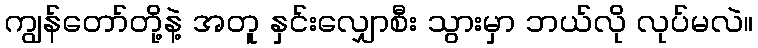
ကျွန်တော်တို့နဲ့ အတူ နှင်းလျှောစီး သွားမှာ ဘယ်လို လုပ်မလဲ။